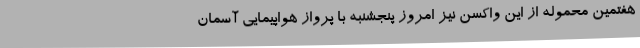
هفتمین محموله از این واکسن نیز امروز پنجشنبه با پرواز هواپیمایی آسمان